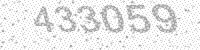
Solution: 433059